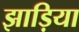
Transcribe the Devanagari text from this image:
झाड़िया